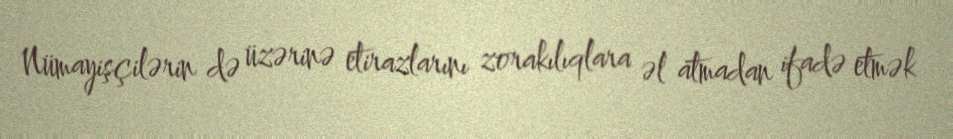
Nümayişçilərin də üzərinə etirazlarını zorakılıqlara əl atmadan ifadə etmək